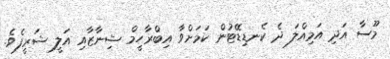
މޫސާ އަދި އަމިއްލަ ދެ ކެނޑިޑޭޓުން ކަމަށްވާ އިބްރާހީމް ޝިނާޒާއި އަލީ ޝަރީފެވެ.